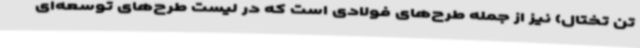
تن تختال) نیز از جمله طرح‌های فولادی است که در لیست طرح‌های توسعه‌ای